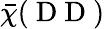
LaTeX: \bar{\chi}(\mathrm{~D~D~)~}